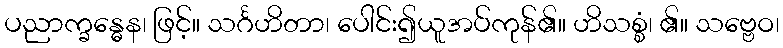
ပညာက္ခန္ဓေန၊ ဖြင့်။ သင်္ဂဟိတာ၊ ပေါင်း၍ယူအပ်ကုန်၏။ ဟိသစ္စံ၊ ၏။ သဗ္ဗေဝ၊